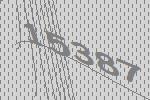
15387